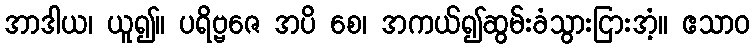
အာဒါယ၊ ယူ၍။ ပရိဗ္ဗဇေ အပိ စေ၊ အကယ်၍ဆွမ်းခံသွားငြားအံ့။ ဧသာဝ